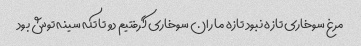
مرغ سوخاری تازه نبود تازه ما ران سوخاری گرفتیم دو تا تکه سینه توش بود